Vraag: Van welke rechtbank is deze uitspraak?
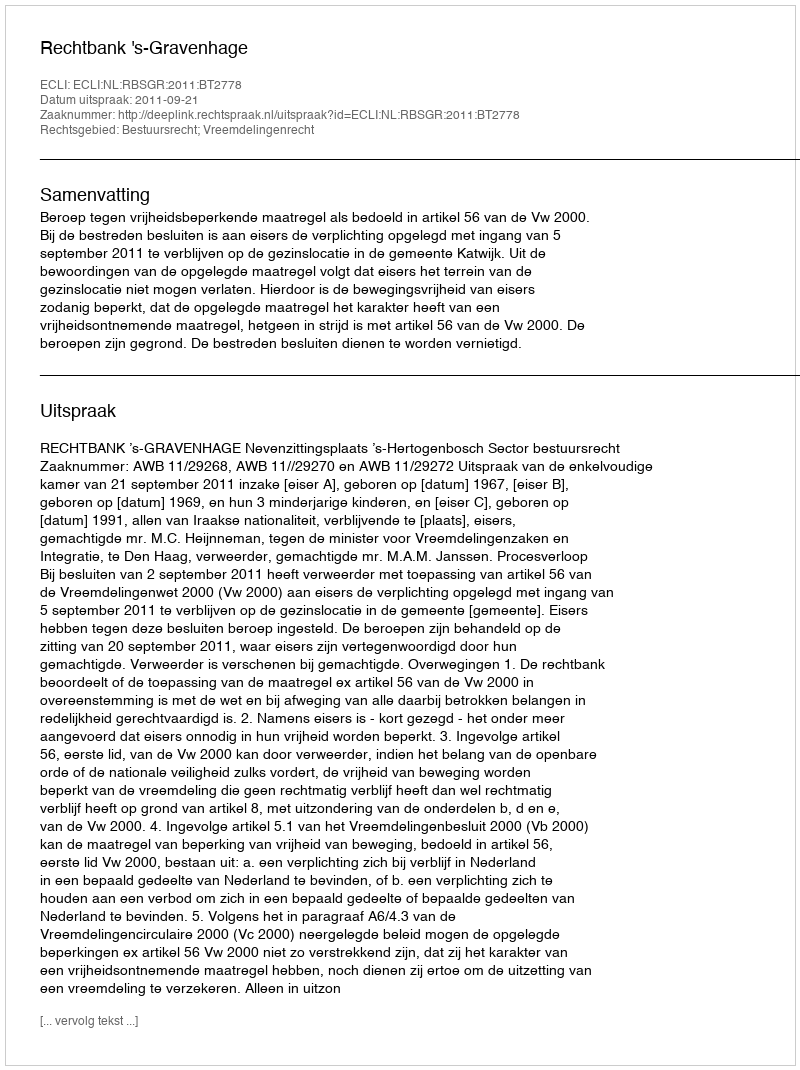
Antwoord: Rechtbank 's-Gravenhage